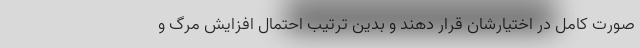
صورت کامل در اختیارشان قرار دهند و بدین ترتیب احتمال افزایش مرگ و